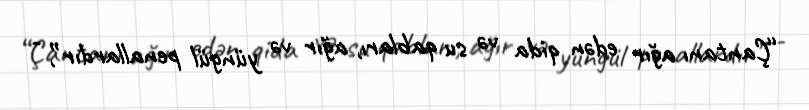
“Çantanı ağır edən qida və su qabları, ağır və yüngül penallardır”, -